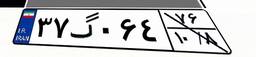
۱۷گ۴۴۹۱۷